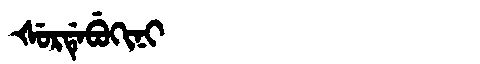
Manchu: ᡧᡠᡵᡩᡝᠪᡠᡴᡳᠨᡳ
Romanization: ŠURDEBUKINI